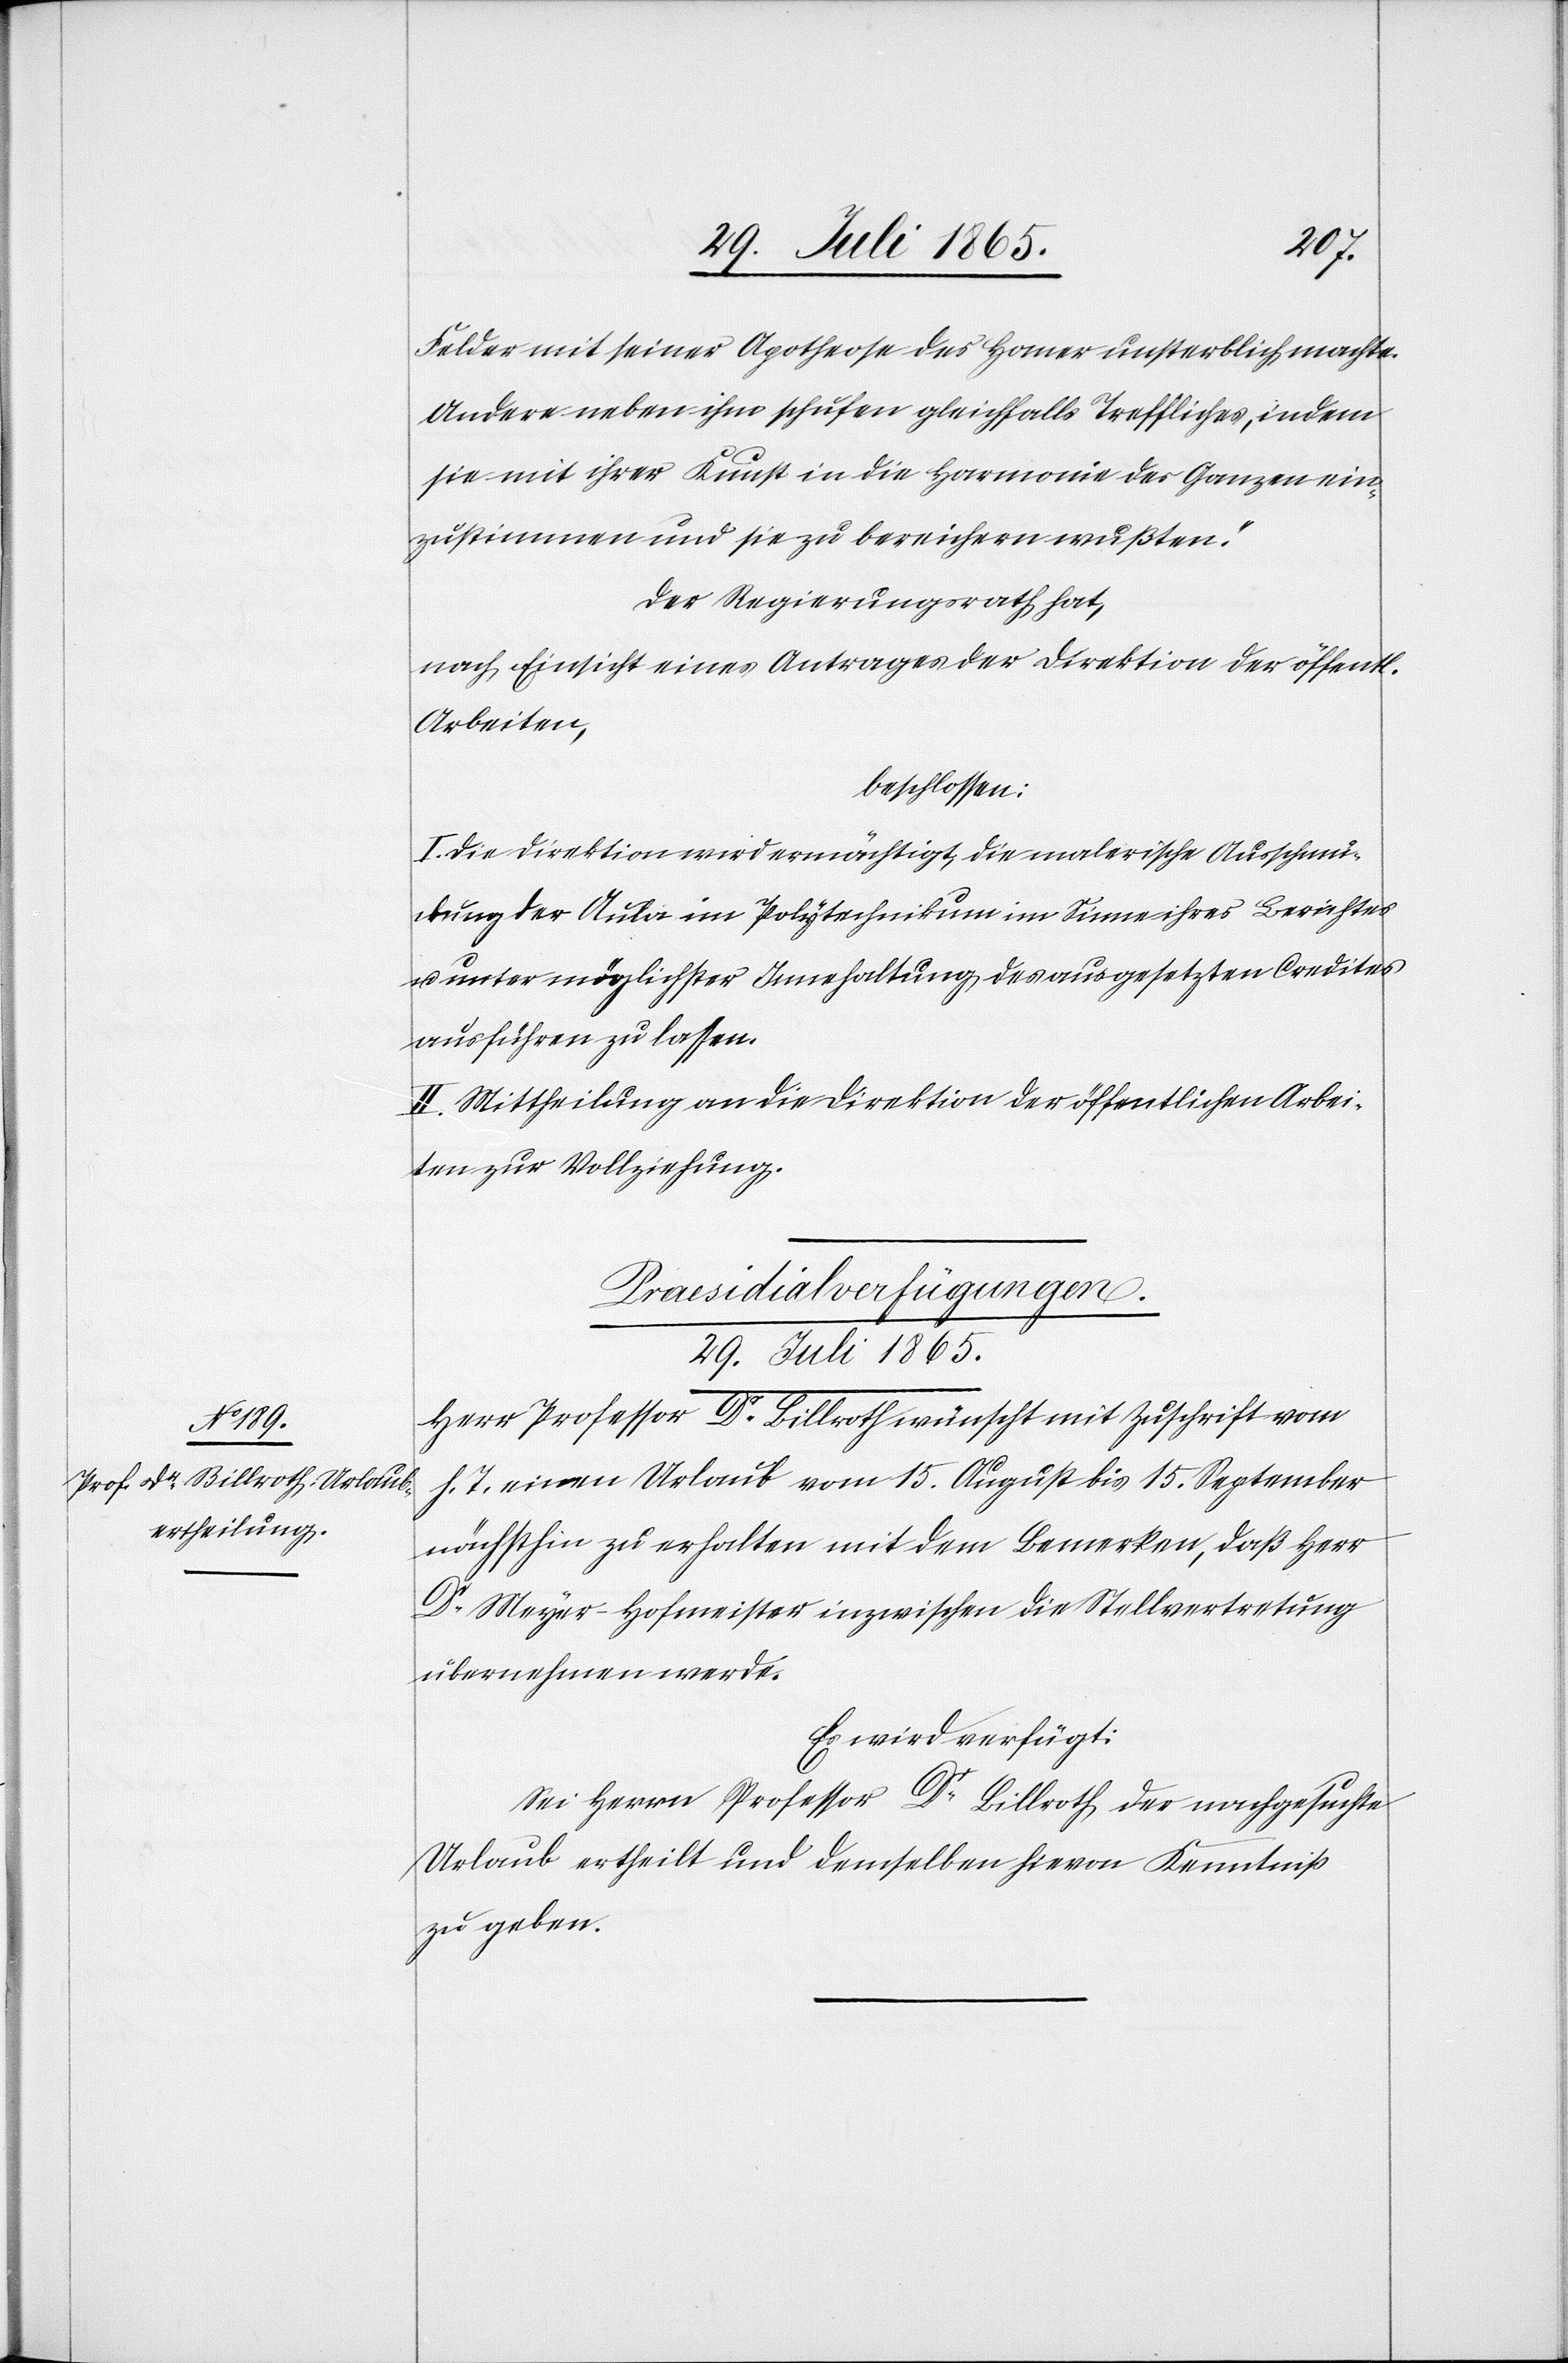
l.
Felder mit seiner Apotheose des Homer unsterblich machte.
Andere neben ihm schufen gleichfalls Treffliches, indem
sie mit ihrer Kunst in die Harmonie des Ganzen ein¬
zustimmen und sie zu bereichern wußten.“
Der Regierungsrath hat,
nach Einsicht eines Antrages der Direktion der öffent¬
Arbeiten,
beschlossen:
I. Die Direktion wird ermächtigt, die malerische Ausschmü¬
ckung der Aula im Polytechnikum im Sinne ihres Berichtes
u. unter möglichster Innehaltung des ausgesetzten Credites
ausführen zu lassen.
II. Mittheilung an die Direktion der öffentlichen Arbei¬
ten zur Vollziehung.
Praesidialverfügungen.
29. Juli 1865.
Herr Professor Dr Billroth wünscht mit Zuschrift vom
h. T. einen Urlaub vom 15. August bis 15. September
nächsthin zu erhalten mit dem Bemerken, daß Herr
Dr Meyer-Hofmeister inzwischen die Stellvertretung
übernehmen werde.
Es wird verfügt:
Sei Herrn Professor Dr Billroth der nachgesuchte
Urlaub ertheilt und demselben hievon Kenntniß
zu geben.